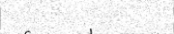
٧٠